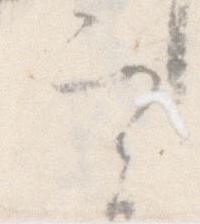
実